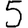
Digit: 5